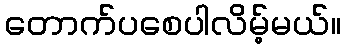
တောက်ပစေပါလိမ့်မယ်။